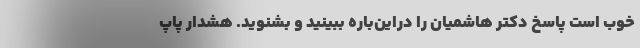
خوب است پاسخ دکتر هاشمیان را دراین‌باره ببینید و بشنوید. هشدار پاپ